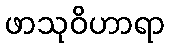
ဖာသုဝိဟာရာ